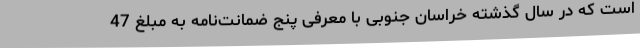
است که در سال گذشته خراسان جنوبی با معرفی پنج ضمانت‌نامه به مبلغ 47